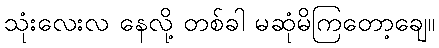
သုံးလေးလ နေလို့ တစ်ခါ မဆုံမိကြတော့ချေ။